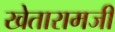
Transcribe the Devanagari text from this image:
खेतारामजी